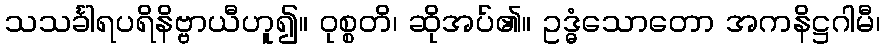
သသင်္ခါရပရိနိဗ္ဗာယီဟူ၍။ ဝုစ္စတိ၊ ဆိုအပ်၏။ ဥဒ္ဓံသောတော အကနိဋ္ဌဂါမီ၊